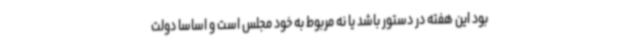
بود این هفته در دستور باشد یا نه مربوط به خود مجلس است و اساسا دولت